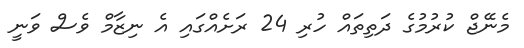
މެނޭޖް ކުރުމުގެ ދަތިތައް ހުރި 24 ރަށެއްގައި އެ ނިޒާމް ވެސް ވަނީ